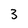
Character: 3